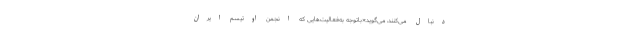
دنبال می‌کنند، می‌گوید:«باتوجه به‌فعالیت‌هایی که انجمن اوتیسم ایران